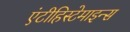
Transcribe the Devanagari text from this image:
एंटीहिस्टेमाइन्स